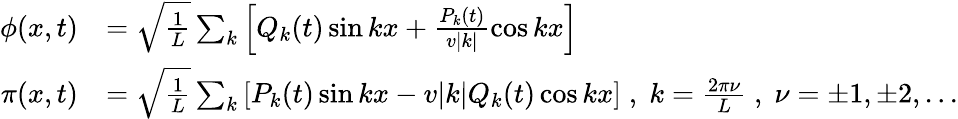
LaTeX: \begin{array}{rl}{\phi(x,t)}&{=\sqrt{\frac{1}{L}}\sum_{k}\left[Q_{k}(t)\sin kx+\frac{P_{k}(t)}{v|k|}\cos kx\right]}\\ {\pi(x,t)}&{=\sqrt{\frac{1}{L}}\sum_{k}\left[P_{k}(t)\sin kx-v|k|Q_{k}(t)\cos kx\right]\; ,\; k=\frac{2\pi\nu}{L}\; ,\; \nu=\pm 1,\pm 2,...}\end{array}